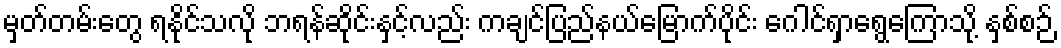
မှတ်တမ်းတွေ ရနိုင်သလို ဘရန်ဆိုင်းနှင့်လည်း ကချင်ပြည်နယ်မြောက်ပိုင်း ဂေါင်ရှာရွေကြောသို့ နှစ်စဉ်